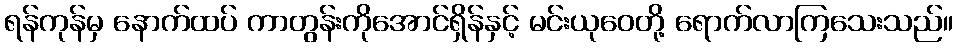
ရန်ကုန်မှ နောက်ထပ် ကာတွန်းကိုအောင်ရှိန်နှင့် မင်းယုဝေတို့ ရောက်လာကြသေးသည်။